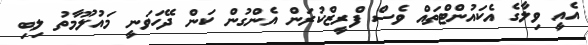
އެއީ ވިލާގެ އެކައުންޓްތައް ވެސް ފްރީޒްކުރަން އެންގުން ކަން ދޭހަވަނީ މައުލޫމާތު ލިބި